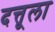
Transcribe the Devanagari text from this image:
दत्तूला